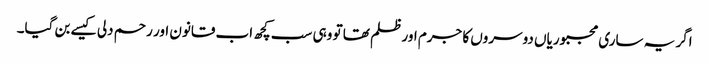
اگر یہ ساری مجبوریاں دوسروں کا جرم اور ظلم تھا تو وہی سب کچھ اب قانون اور رحم دلی کیسے بن گیا۔